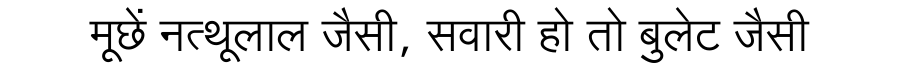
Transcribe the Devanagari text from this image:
मूछें नत्थूलाल जैसी, सवारी हो तो बुलेट जैसी